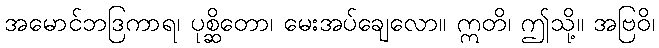
အမောင်ဘဒြကာရ၊ ပုစ္ဆိတော၊ မေးအပ်ချေလော။ ဣတိ၊ ဤသို့။ အဗြဝိ၊